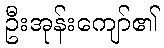
ဦးအုန်းကျော်၏